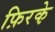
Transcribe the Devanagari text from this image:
फ़िरके़